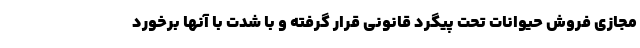
مجازی فروش حیوانات تحت پیگرد قانونی قرار گرفته و با شدت با آنها برخورد